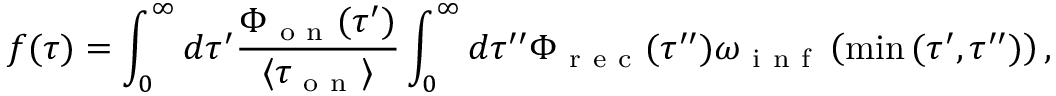
f ( \tau ) = \int _ { 0 } ^ { \infty } d \tau ^ { \prime } \frac { \Phi _ { \mathrm { ~ o ~ n ~ } } ( \tau ^ { \prime } ) } { \langle \tau _ { \mathrm { ~ o ~ n ~ } } \rangle } \int _ { 0 } ^ { \infty } d \tau ^ { \prime \prime } \Phi _ { \mathrm { ~ r ~ e ~ c ~ } } ( \tau ^ { \prime \prime } ) \omega _ { \mathrm { ~ i ~ n ~ f ~ } } \left( \operatorname* { m i n } { ( \tau ^ { \prime } , \tau ^ { \prime \prime } ) } \right) ,